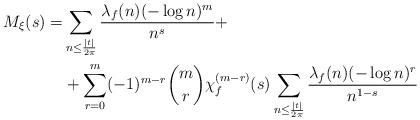
LaTeX: \begin{align*}M_\xi(s)=&\sum_{n\leq\frac{|t|}{2\pi}}\frac{\lambda_f(n)(-\log n)^m}{n^{s}}+\\&+\sum_{r=0}^m(-1)^{m-r}\binom{m}{r}\chi_f^{(m-r)}(s)\sum_{n\leq\frac{|t|}{2\pi}}\frac{\lambda_f(n)(-\log n)^{r}}{n^{1-s}} \end{align*}